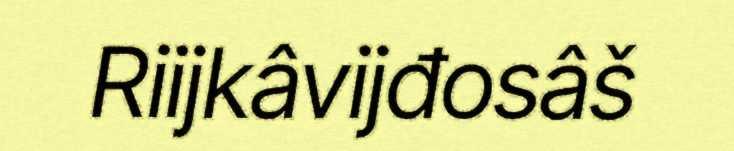
Riijkâvijđosâš